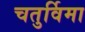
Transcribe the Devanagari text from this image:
चतुर्विमा